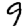
Digit: 9